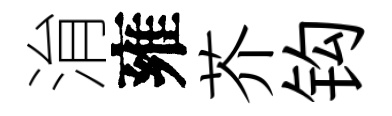
㳙雍芥钩